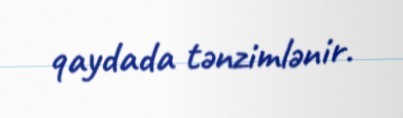
qaydada tənzimlənir.